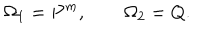
\Omega _ { 1 } = P ^ { m } , ~ ~ \Omega _ { 2 } = Q .